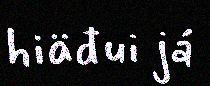
hiäđui já